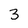
Character: 3